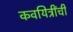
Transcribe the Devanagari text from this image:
कवयित्रींची